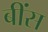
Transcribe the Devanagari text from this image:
बींस